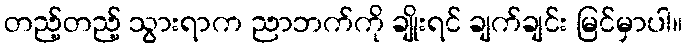
တည့်တည့် သွားရာက ညာဘက်ကို ချိုးရင် ချက်ချင်း မြင်မှာပါ။